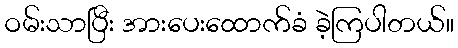
ဝမ်းသာပြီး အားပေးထောက်ခံ ခဲ့ကြပါတယ်။